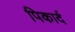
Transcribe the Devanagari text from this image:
पिकार्द